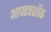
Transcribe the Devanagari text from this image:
आफ्टरशॉक